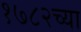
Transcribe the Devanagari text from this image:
१७८२च्या